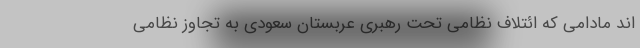
اند مادامی که ائتلاف نظامی تحت رهبری عربستان سعودی به تجاوز نظامی